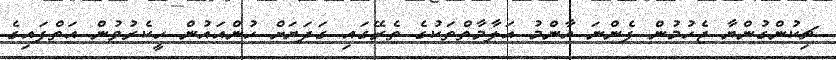
ޗިކުންގުންޔާ ޖެހުމުން ފެންނަ އާންމު އަލާމާތްތަކުގެ ތެރޭގައި ގަދަޔަށް ހުންއައުން ހީކެރުވުން އަތްފައިގެ